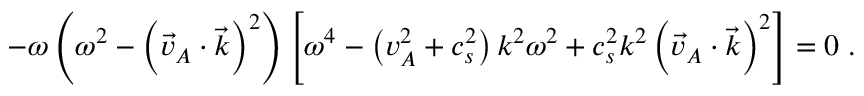
- { \omega } \left( { \omega } ^ { 2 } - \left( \vec { v } _ { A } \cdot \vec { k } \right) ^ { 2 } \right) \left[ { \omega } ^ { 4 } - \left( v _ { A } ^ { 2 } + c _ { s } ^ { 2 } \right) k ^ { 2 } { \omega } ^ { 2 } + c _ { s } ^ { 2 } k ^ { 2 } \left( \vec { v } _ { A } \cdot \vec { k } \right) ^ { 2 } \right] = 0 \; .